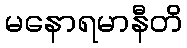
မနောရမာနီတိ